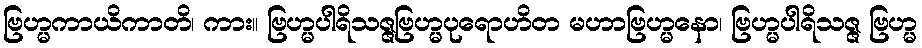
ဗြဟ္မကာယိကာတိ၊ ကား။ ဗြဟ္မပါရိသဇ္ဇဗြဟ္မပုရောဟိတ မဟာဗြဟ္မနော၊ ဗြဟ္မပါရိသဇ္ဇ ဗြဟ္မ